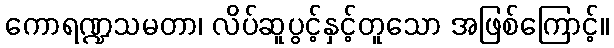
ကောရဏ္ဍသမတာ၊ လိပ်ဆူပွင့်နှင့်တူသော အဖြစ်ကြောင့်။